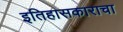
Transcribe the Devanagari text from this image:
इतिहासकाराचा